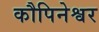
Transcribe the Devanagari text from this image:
कौपिनेश्वर